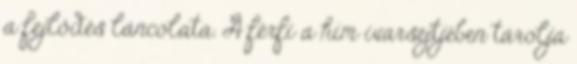
a fejlődés láncolata. A férfi a hím ivarsejtjében tárolja